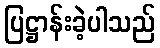
ပြဋ္ဌာန်းခဲ့ပါသည်